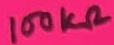
Text: 100KΩ